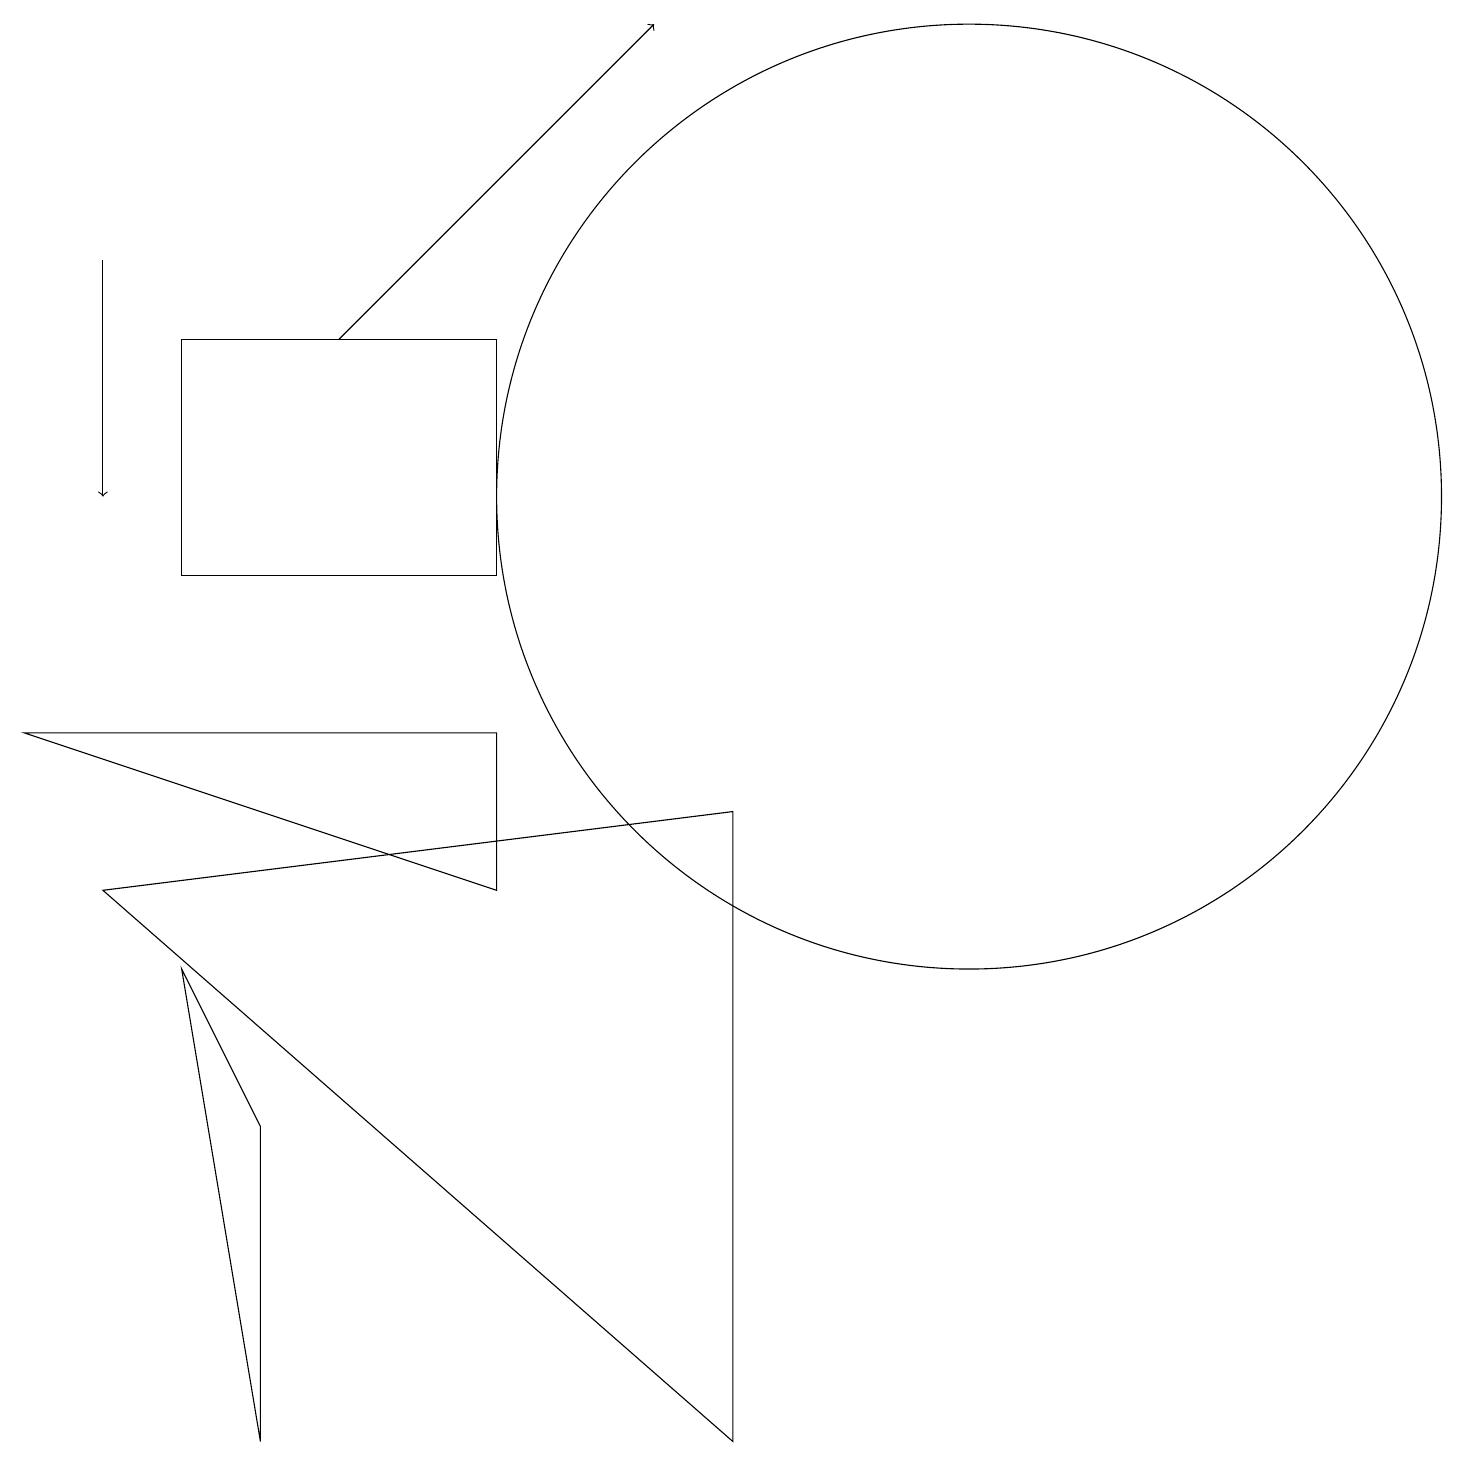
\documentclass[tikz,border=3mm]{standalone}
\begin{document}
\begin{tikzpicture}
\draw (12,12) circle (6);
\draw[->] (1,15) -- (1,12);
\draw (3,0) -- (3,4) -- (2,6) -- cycle;
\draw (9,0) -- (9,8) -- (1,7) -- cycle;
\draw[->] (4,14) -- (8,18);
\draw (6,11) rectangle (2,14);
\draw (6,9) -- (6,7) -- (0,9) -- cycle;
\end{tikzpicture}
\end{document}